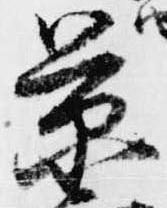
景